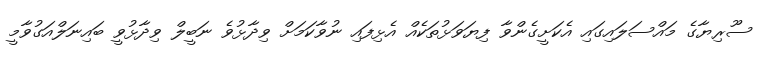
ސޫރިޔާގެ މައްސަލައިގައި އެކަށީގެންވާ ފިޔަވަޅުތަކެއް އެޅިފައި ނުވާކަމަށް ވިދާޅުވެ ނަބީލް ވިދާޅުވީ ބައިނަލްއަގުވާމީ